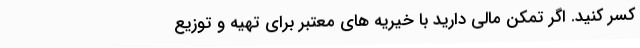
کسر کنید. اگر تمکن مالی دارید با خیریه های معتبر برای تهیه و توزیع